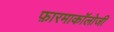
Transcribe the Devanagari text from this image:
फ़ारमाकॉलोजी